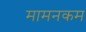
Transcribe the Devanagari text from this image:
मामनकम